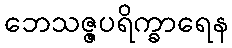
ဘေသဇ္ဇပရိက္ခာရေန